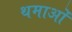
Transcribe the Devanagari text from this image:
थमाओं